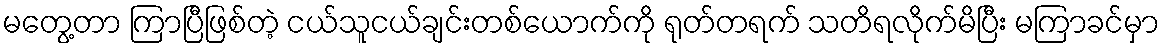
မတွေ့တာ ကြာပြီဖြစ်တဲ့ ငယ်သူငယ်ချင်းတစ်ယောက်ကို ရုတ်တရက် သတိရလိုက်မိပြီး မကြာခင်မှာ